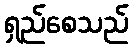
ရှည်စေသည်